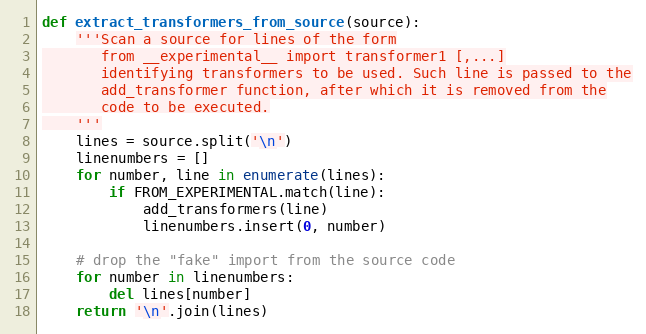
Language: Python
def extract_transformers_from_source(source):
    '''Scan a source for lines of the form
       from __experimental__ import transformer1 [,...]
       identifying transformers to be used. Such line is passed to the
       add_transformer function, after which it is removed from the
       code to be executed.
    '''
    lines = source.split('\n')
    linenumbers = []
    for number, line in enumerate(lines):
        if FROM_EXPERIMENTAL.match(line):
            add_transformers(line)
            linenumbers.insert(0, number)

    # drop the "fake" import from the source code
    for number in linenumbers:
        del lines[number]
    return '\n'.join(lines)